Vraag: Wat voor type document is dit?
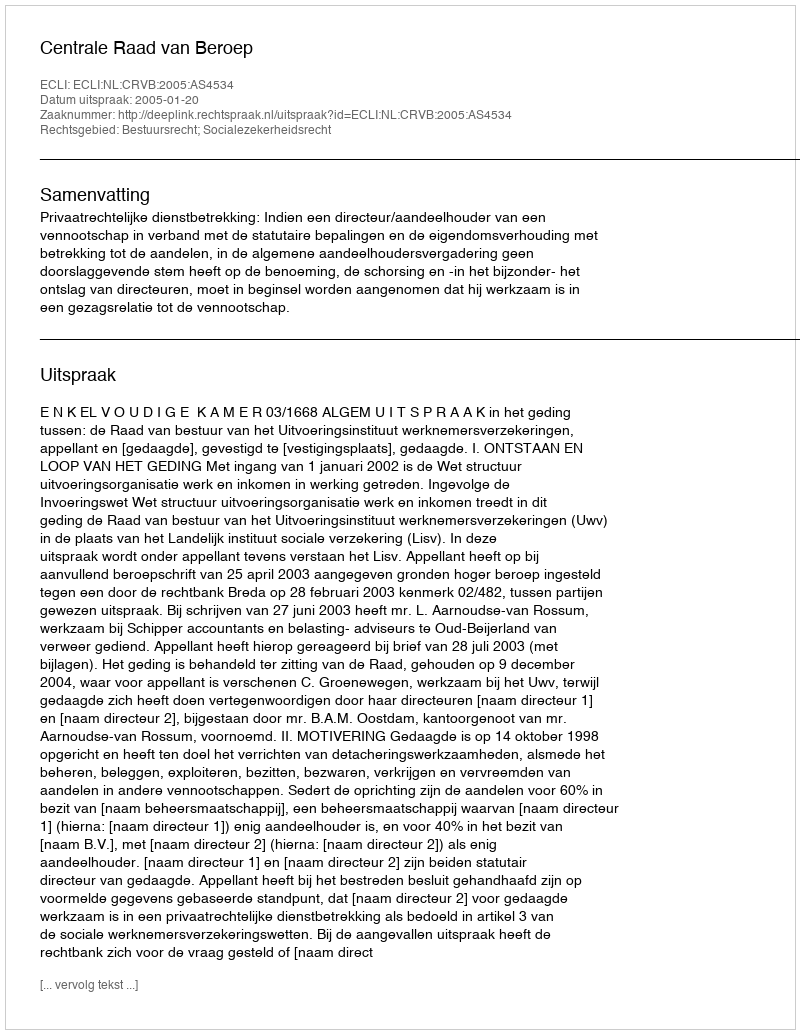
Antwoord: Uitspraak